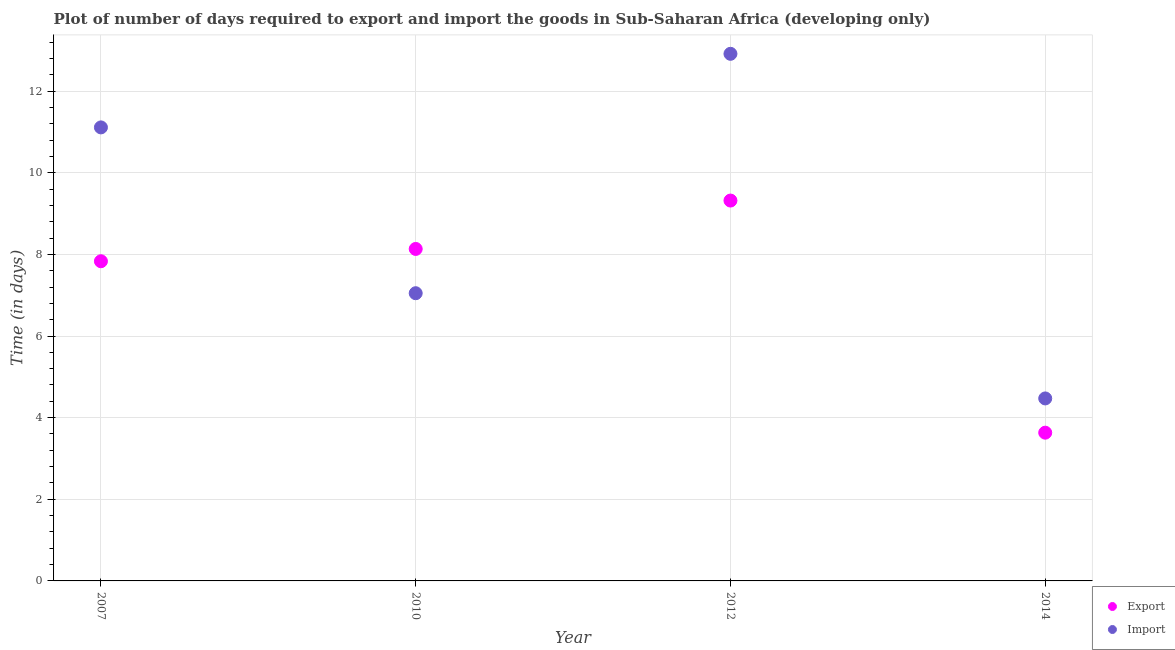
| Year | Export | Import |
 | --- | --- | --- |
 | 2007 | 7.83 | 11.1 |
 | 2010 | 8.13 | 7.05 |
 | 2012 | 9.32 | 12.9 |
 | 2014 | 3.63 | 4.47 |